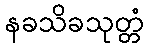
နခသိခသုတ္တံ